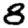
Digit: 8